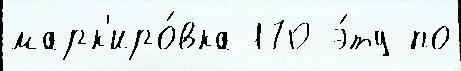
марк'иро́вка 170 э́ту по